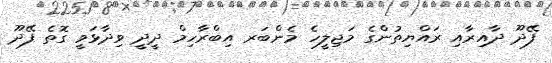
ފޭދޫ ދާއިރާއި ރައްޔިތުންގެ މަޖިލީހެ މެންބަރ އިބްރާހިމް ދީދީ ވިދާޅަވީ ގޮތެ ފޭދޫ